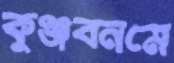
কুঞ্জবনমে